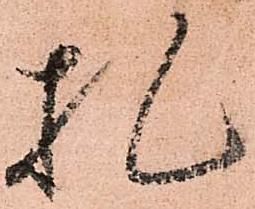
札